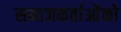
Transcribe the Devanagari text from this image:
समाजकर्ताओंको